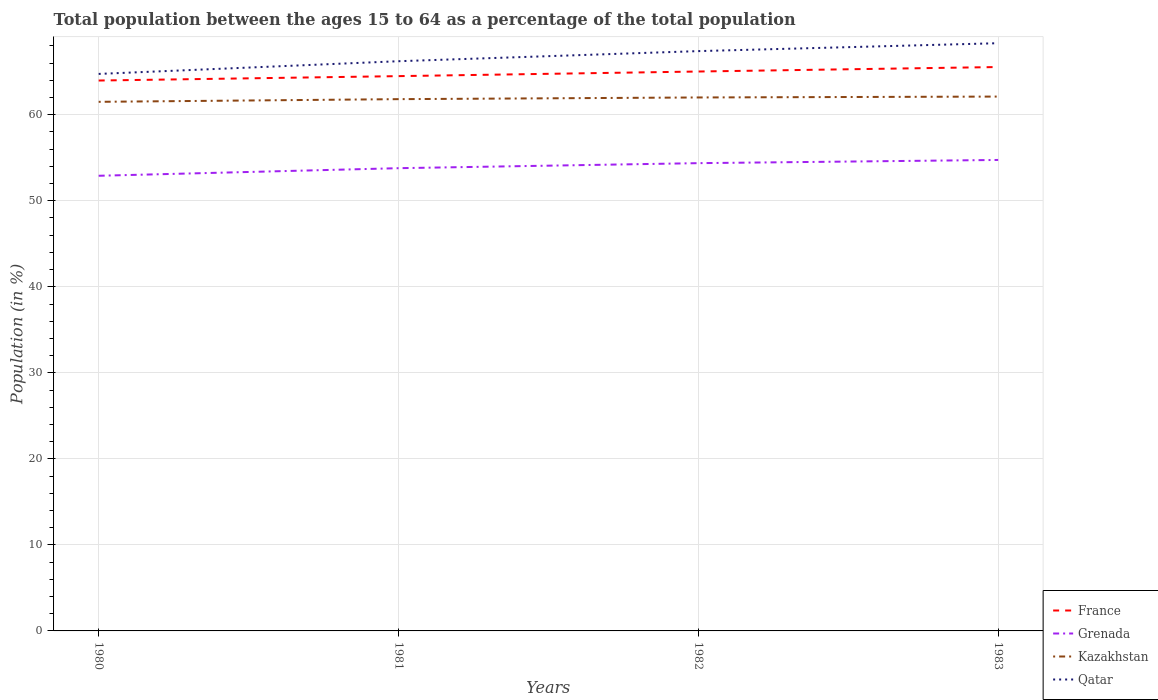
| Years | France | Grenada | Kazakhstan | Qatar |
 | --- | --- | --- | --- | --- |
 | 1980 | 64 | 52.9 | 61.5 | 64.7 |
 | 1981 | 64.5 | 53.8 | 61.8 | 66.2 |
 | 1982 | 65 | 54.4 | 62 | 67.4 |
 | 1983 | 65.5 | 54.7 | 62.1 | 68.3 |